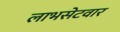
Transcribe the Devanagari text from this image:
लाभसेटवार